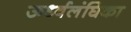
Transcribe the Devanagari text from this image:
ऊर्ध्वलंघिका